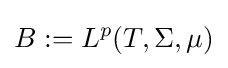
B:=L^{p}(T,\Sigma ,\mu )